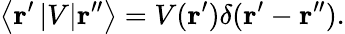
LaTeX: \left\langle\mathbf{r}^{\prime}\left|V\right|\mathbf{r}^{\prime\prime}\right\rangle=V(\mathbf{r}^{\prime})\delta(\mathbf{r}^{\prime}-\mathbf{r}^{\prime\prime}).